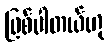
ဖြစ်ပါတယ်ဟု